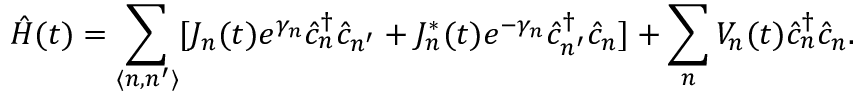
\hat { H } ( t ) = \sum _ { \langle n , n ^ { \prime } \rangle } [ J _ { n } ( t ) e ^ { \gamma _ { n } } \hat { c } _ { n } ^ { \dagger } \hat { c } _ { n ^ { \prime } } + J _ { n } ^ { * } ( t ) e ^ { - \gamma _ { n } } \hat { c } _ { n ^ { \prime } } ^ { \dagger } \hat { c } _ { n } ] + \sum _ { n } V _ { n } ( t ) \hat { c } _ { n } ^ { \dagger } \hat { c } _ { n } .